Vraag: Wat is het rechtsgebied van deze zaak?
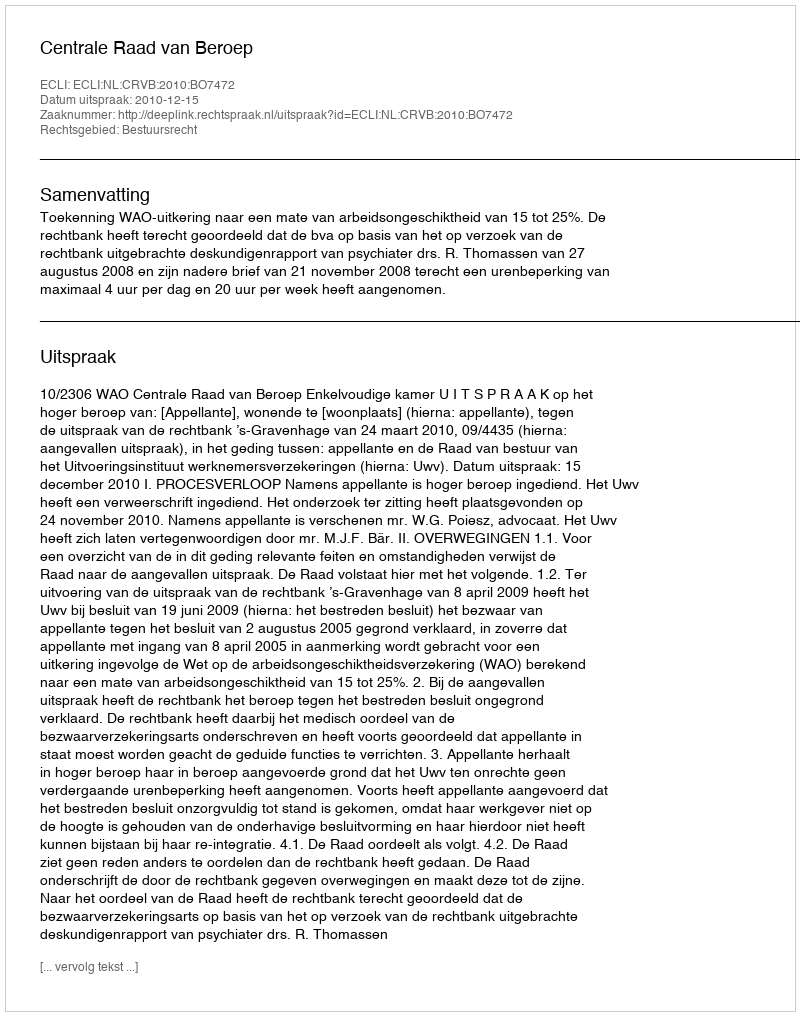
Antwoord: Bestuursrecht